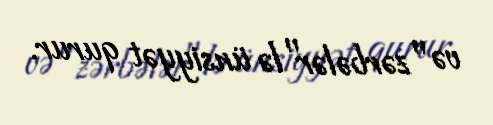
və "zərbələr"lə ünsiyyət qurur.